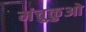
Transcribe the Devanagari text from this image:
मंचुकुओ